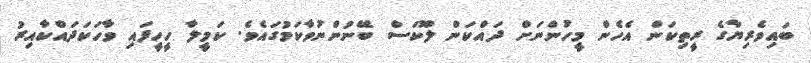
ބައިވެރިޔާގެ ރީތިކަން އެހެން މީހުންނަށް ދައްކަން ލޫކަސް ބޭނުންނުވާކަމުގައެވެ. ކަމީލާ ހީހީފައި ވާހަކަދައްކާއިރު